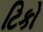
ટિકો